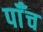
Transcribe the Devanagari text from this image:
पाँँच